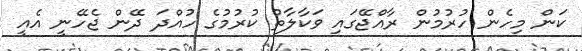
ކަން މިހެން ހުރުމުން ރާއްޖޭގައި ވަކާލާތު ކުރުމުގެ ހުއްދަ ދޭން ޖެހޭނީ އެއީ